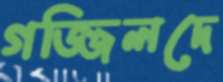
গজ্জিলদে